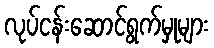
လုပ်ငန်းဆောင်ရွက်မှုများ